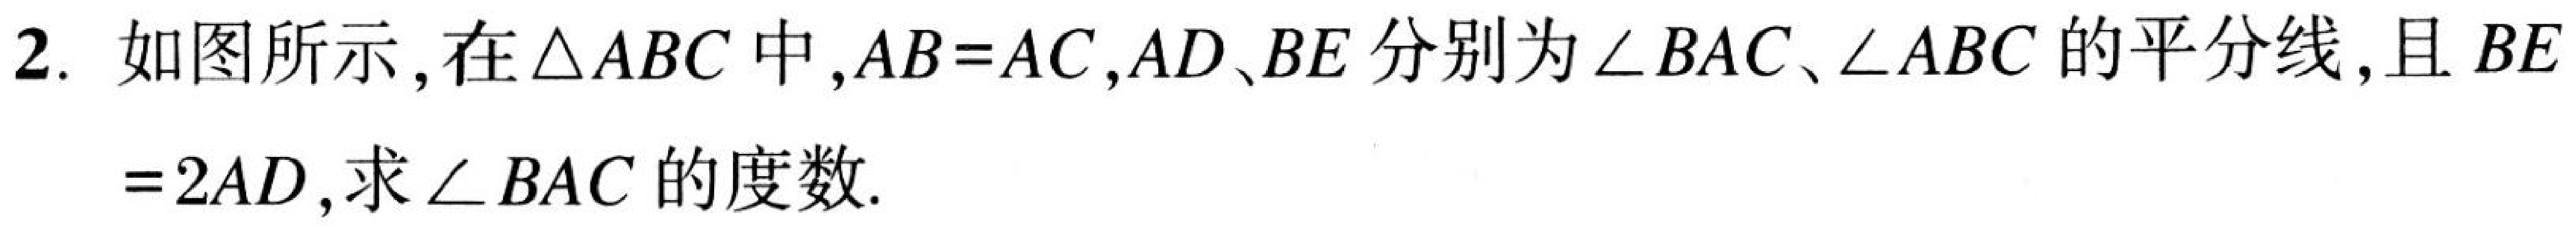
2. 如图所示，在\(\triangle ABC\)中，\(AB = AC\)，\(AD\)、\(BE\)分别为\(\angle BAC\)、\(\angle ABC\)的平分线，且\(BE = 2AD\)，求\(\angle BAC\)的度数.